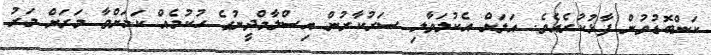
ކަންބޮޑުވުން ފާޅުކުރެއެވެ. އަލަށް އެކުލަވާލި ސަރުކާރުން އިސްލާމްދީނުގެ ހުކުމެއް ކަމަށްވާ މަރަށް މަރު